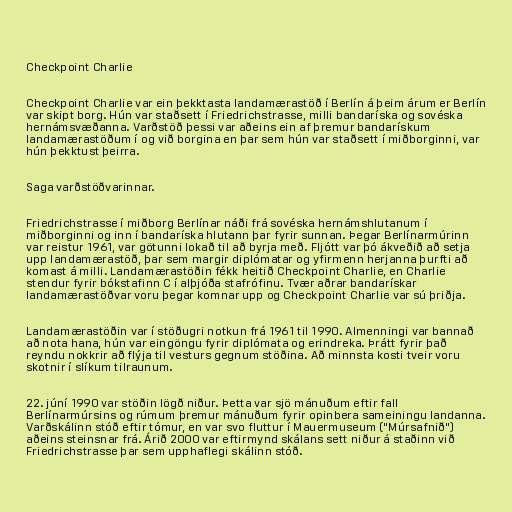
Checkpoint Charlie

Checkpoint Charlie var ein þekktasta landamærastöð í Berlín á þeim árum er Berlín
var skipt borg. Hún var staðsett í Friedrichstrasse, milli bandaríska og sovéska
hernámsvæðanna. Varðstöð þessi var aðeins ein af þremur bandarískum
landamærastöðum í og við borgina en þar sem hún var staðsett í miðborginni, var
hún þekktust þeirra.

Saga varðstöðvarinnar.

Friedrichstrasse í miðborg Berlínar náði frá sovéska hernámshlutanum í
miðborginni og inn í bandaríska hlutann þar fyrir sunnan. Þegar Berlínarmúrinn
var reistur 1961, var götunni lokað til að byrja með. Fljótt var þó ákveðið að setja
upp landamærastöð, þar sem margir diplómatar og yfirmenn herjanna þurfti að
komast á milli. Landamærastöðin fékk heitið Checkpoint Charlie, en Charlie
stendur fyrir bókstafinn C í alþjóða stafrófinu. Tvær aðrar bandarískar
landamærastöðvar voru þegar komnar upp og Checkpoint Charlie var sú þriðja.

Landamærastöðin var í stöðugri notkun frá 1961 til 1990. Almenningi var bannað
að nota hana, hún var eingöngu fyrir diplómata og erindreka. Þrátt fyrir það
reyndu nokkrir að flýja til vesturs gegnum stöðina. Að minnsta kosti tveir voru
skotnir í slíkum tilraunum.

22. júní 1990 var stöðin lögð niður. Þetta var sjö mánuðum eftir fall
Berlínarmúrsins og rúmum þremur mánuðum fyrir opinbera sameiningu landanna.
Varðskálinn stóð eftir tómur, en var svo fluttur í Mauermuseum ("Múrsafnið")
aðeins steinsnar frá. Árið 2000 var eftirmynd skálans sett niður á staðinn við
Friedrichstrasse þar sem upphaflegi skálinn stóð.